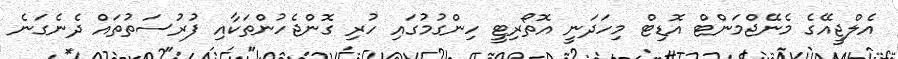
އެލްޖީއޭގެ މެނޭޖްމަންޓް އޮޑިޓް މިހަދަނީ އޮތޯރިޓީ ހިންގުމުގައި ހުރި ގޮންޖެހުންތަކާއި ފުރުސަތުތައް ދެނެގަނެ